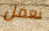
نعمل